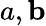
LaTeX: a,\mathbf b